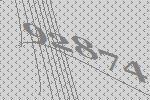
92874